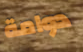
دوامة